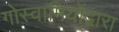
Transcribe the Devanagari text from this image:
गोस्वामियोंद्वारा